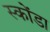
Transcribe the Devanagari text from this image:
स्कोंडा